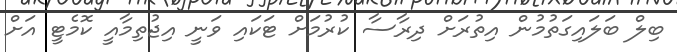
ބިލް ބަލައިގަތުމުން އިތުރަށް ދިރާސާ ކުރުމަށް ޓަކައި ވަނީ އިޖުތިމާއީ ކޮމެޓީ އަށް